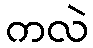
ကလဲ